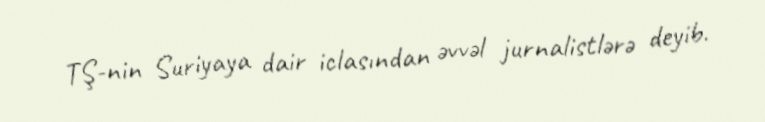
TŞ-nin Suriyaya dair iclasından əvvəl jurnalistlərə deyib.